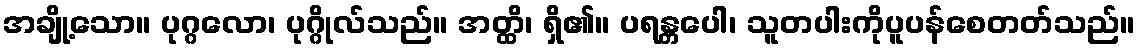
အချို့သော။ ပုဂ္ဂလော၊ ပုဂ္ဂိုလ်သည်။ အတ္ထိ၊ ရှိ၏။ ပရန္တပေါ၊ သူတပါးကိုပူပန်စေတတ်သည်။